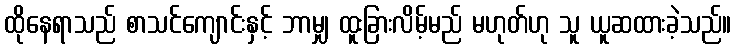
ထိုနေရာသည် စာသင်ကျောင်းနှင့် ဘာမျှ ထူးခြားလိမ့်မည် မဟုတ်ဟု သူ ယူဆထားခဲ့သည်။